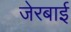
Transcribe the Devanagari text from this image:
जेरबाई